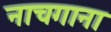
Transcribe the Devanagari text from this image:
नाचगाना